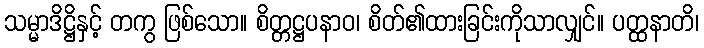
သမ္မာဒိဋ္ဌိနှင့် တကွ ဖြစ်သော။ စိတ္တဋ္ဌပနာဝ၊ စိတ်၏ထားခြင်းကိုသာလျှင်။ ပတ္ထနာတိ၊